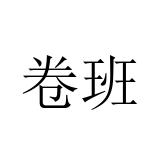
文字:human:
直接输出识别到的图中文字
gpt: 卷班